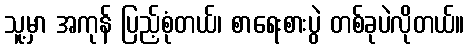
သူ့မှာ အကုန် ပြည့်စုံတယ်၊ စာရေးစားပွဲ တစ်ခုပဲလိုတယ်။